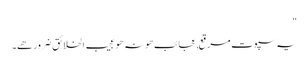
"
یہ سپوت مرقع,عجائب ھو نہ ھو عجیب الخلائق ضرور ھے۔